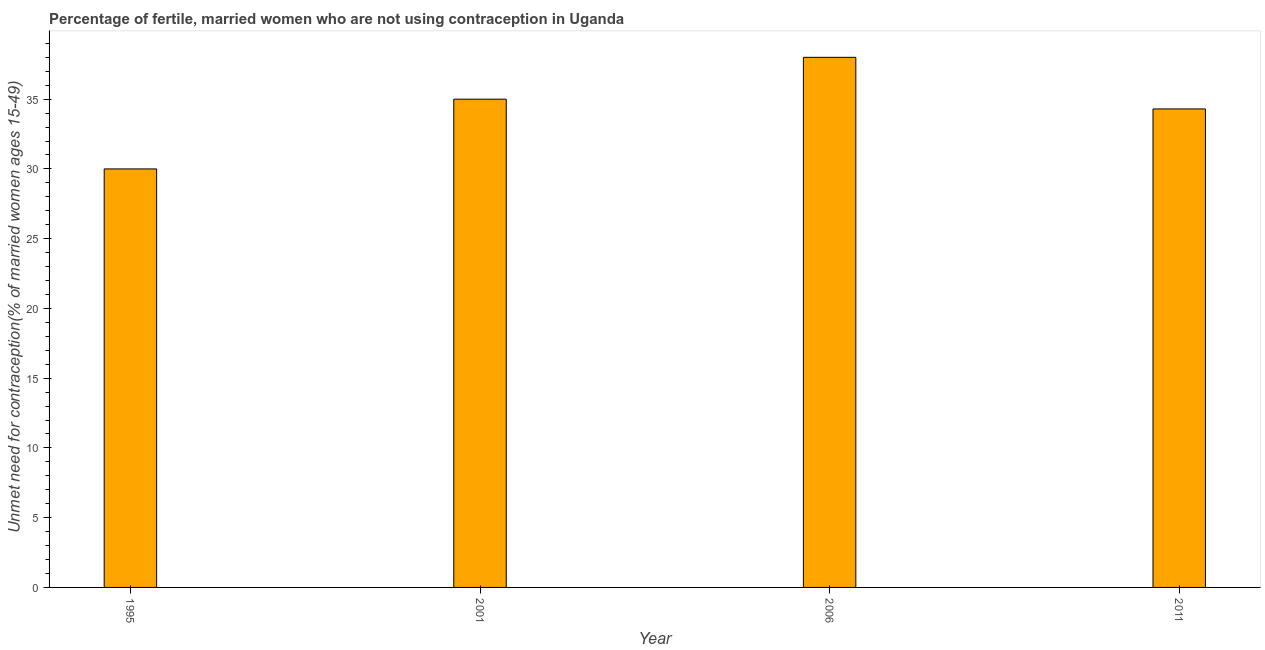
| Year | Unmet need for contraception |
 | --- | --- |
 | 1995 | 30 |
 | 2001 | 35 |
 | 2006 | 38 |
 | 2011 | 34.3 |